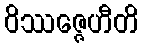
ဝိဿဇ္ဇေဟီတိ